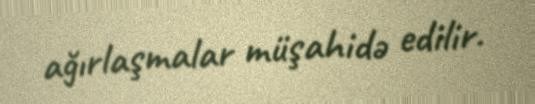
ağırlaşmalar müşahidə edilir.